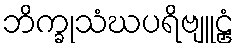
ဘိက္ခုသံဃပရိဗျူဠှံ